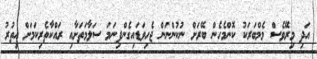
އަދި މިރޭވެސް މެމްބަރަކު ކޮންމެހެން ބޭރަށް ނުކުންނަން ޖެހިވަޑައިގެންފިނަމަ ސަލާމަތަށާއި ރައްކާތެރިކަމަށް އިތުރު